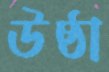
উষ্ঠা